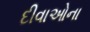
દીવાઓના